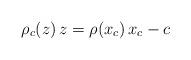
LaTeX: \begin{align*}\rho_c(z) \, z = \rho(x_c) \, x_c - c \end{align*}